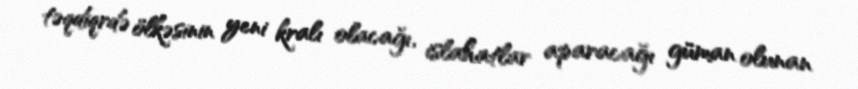
təqdiqrdə ölkəsinin yeni kralı olacağı, islahatlar aparacağı güman olunan